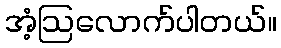
အံ့ဩလောက်ပါတယ်။